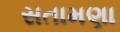
સતામણા